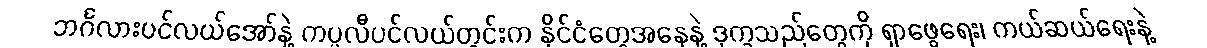
ဘင်္ဂလားပင်လယ်အော်နဲ့ ကပ္ပလီပင်လယ်တွင်းက နိုင်ငံတွေအနေနဲ့ ဒုက္ခသည်တွေကို ရှာဖွေရေး၊ ကယ်ဆယ်ရေးနဲ့